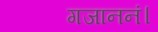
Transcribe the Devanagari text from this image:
गजाननं।